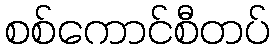
စစ်ကောင်စီတပ်